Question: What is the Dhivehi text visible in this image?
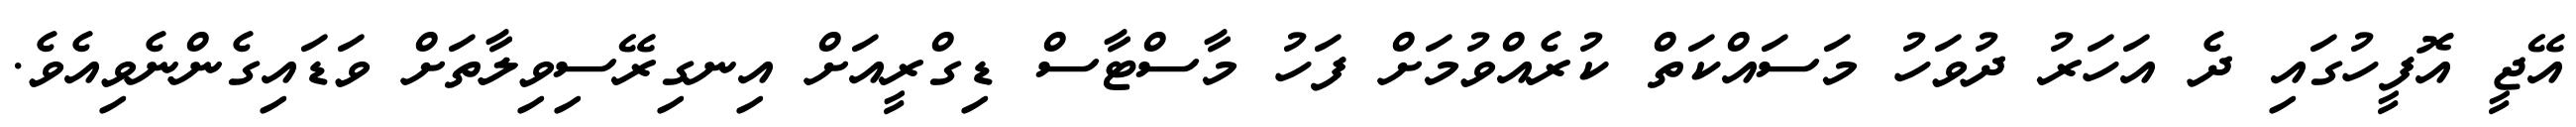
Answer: އޭޖީ އޮފީހުގައި ދެ އަހަރު ދުވަހު މަސައްކަތް ކުރެއްވުމަށް ފަހު މާސްޓާސް ޑިގްރީއަށް އިނގިރޭސިވިލާތަށް ވަޑައިގެންނެވިއެވެ.